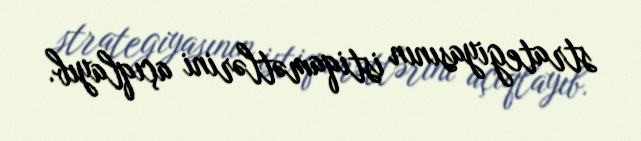
strategiyasının istiqamətlərini açıqlayıb.